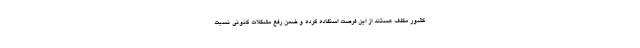
کشور مکلف هستند از این فرصت استفاده کرده و ضمن رفع مشکلات کنونی نسبت